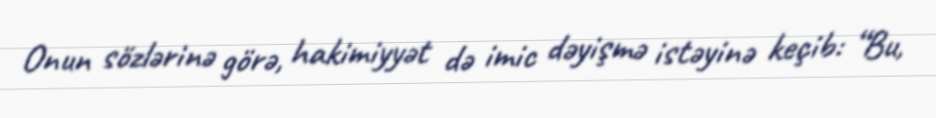
Onun sözlərinə görə, hakimiyyət də imic dəyişmə istəyinə keçib: “Bu,